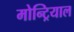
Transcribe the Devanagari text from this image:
मोन्ट्रियाल